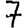
Digit: 7